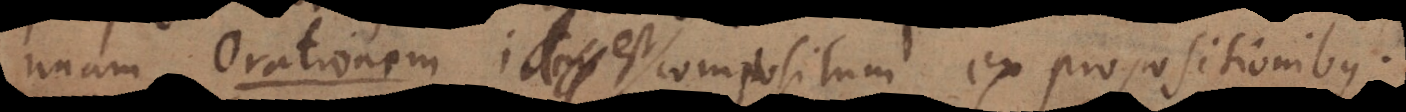
e m id est compositum ex propositionibus.